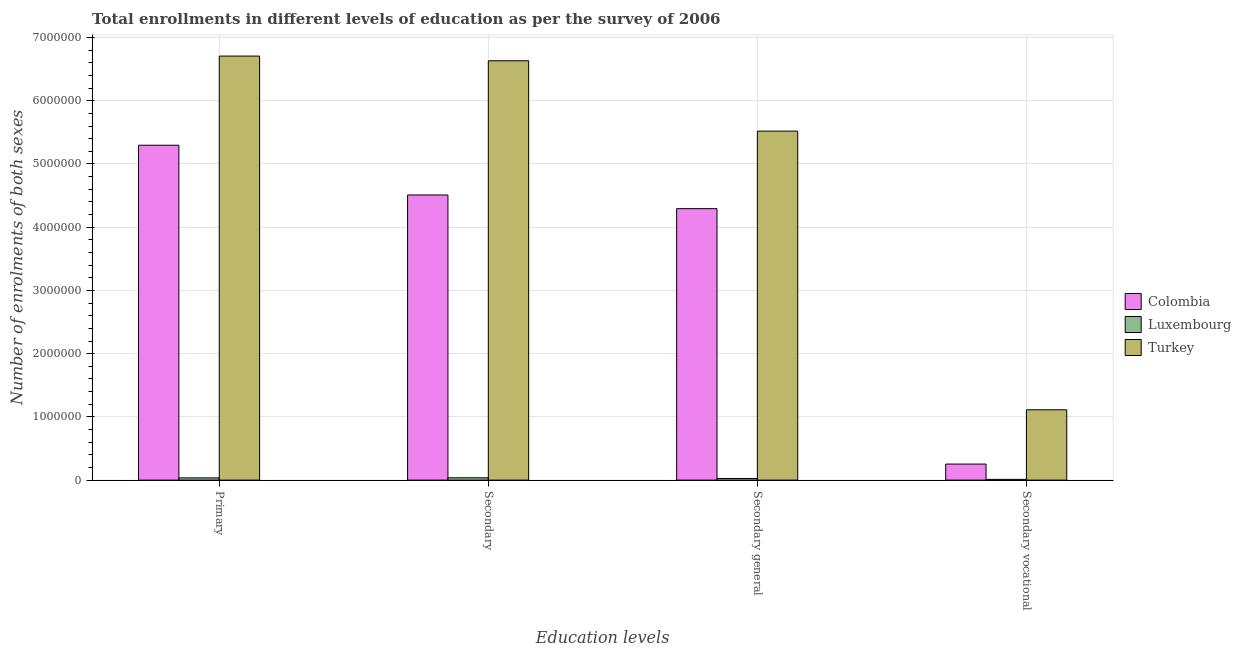
| Education levels | Colombia | Luxembourg | Turkey |
 | --- | --- | --- | --- |
 | Primary | 5.3e+06 | 3.54e+04 | 6.71e+06 |
 | Secondary | 4.51e+06 | 3.7e+04 | 6.63e+06 |
 | Secondary general | 4.29e+06 | 2.55e+04 | 5.52e+06 |
 | Secondary vocational | 2.54e+05 | 1.16e+04 | 1.11e+06 |